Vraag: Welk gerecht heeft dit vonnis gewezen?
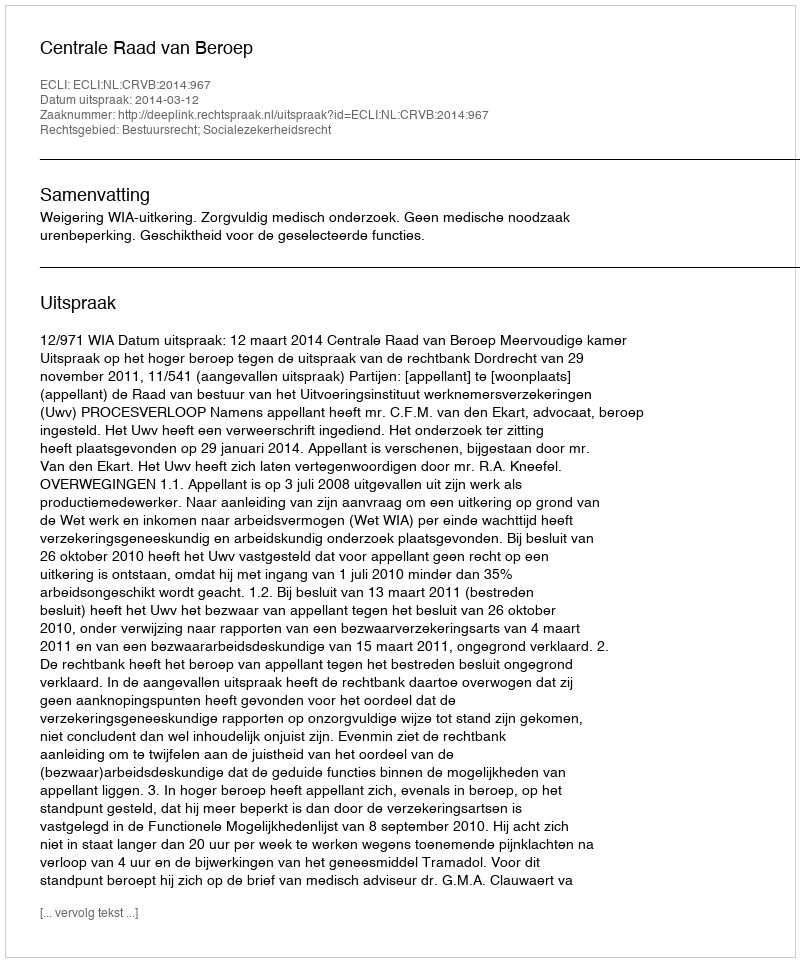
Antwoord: Centrale Raad van Beroep